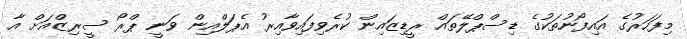
މިފަހަރުގެ އައިފޯނުތަކުގެ ޑިސްޕްލޭތައް ރީޑިޒައިން ކުރެވިފައިވާއިރު އެޕަލްއިން ވަނީ ޕްރޯ ސީރިޒްއަށް އާ